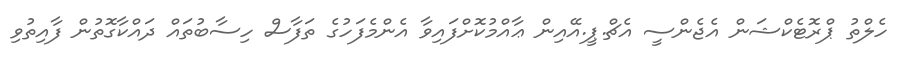
ހެލްތު ޕްރޮޓެކްޝަން އެޖެންސީ އެޗް.ޕީ.އޭއިން ޢާއްމުކޮށްފައިވާ އެންމެފަހުގެ ތަފާސް ހިސާބުތައް ދައްކާގޮތުން ފާއިތުވި